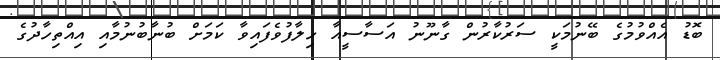
ބޮޑު އެއްވުމުގެ ބޭނުމަކީ ސަރުކާރުން ގާނޫނު އަސާސީއާ ހިލާފުވެފައިވާ ކަމަށް ބުނާބުނުމާއި އިއްތިހާދުގެ